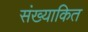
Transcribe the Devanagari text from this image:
संख्याकित